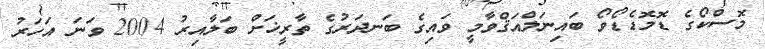
މޮސްކޯގެ ޑޮމޮޑެޑޯވޯ ބައިނަލްއަޤްވާމީ ވައިގެ ބަނދަރުގެ ތާރީޚަށް ބަލާއިރު 2004 ވަނަ އަހަރު